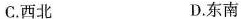
C.西北 D.东南